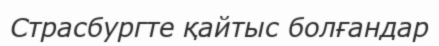
Страсбургте қайтыс болғандар